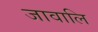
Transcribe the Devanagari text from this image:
जावालि